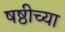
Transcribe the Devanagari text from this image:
षष्ठीच्या